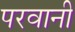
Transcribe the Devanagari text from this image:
परवानी